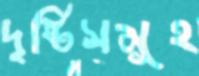
দৃষ্টিসমূহ